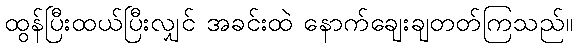
ထွန်ပြီးထယ်ပြီးလျှင် အခင်းထဲ နောက်ချေးချတတ်ကြသည်။